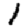
Digit: 1